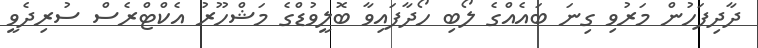
ދާދިފަހުން މަރުވި ގިނަ ބައެއްގެ ލޯބި ހޯދާފައިވާ ބޮލީވުޑްގެ މަޝްހޫރު އެކްޓްރެސް ސުރިދެވީ